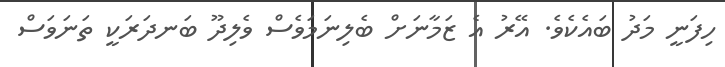
ހިފަނީ މަދު ބައެކެވެ. އޭރު އެ ޒަމާނަށް ބެލިނަމަވެސް ވެލިދޫ ބަނދަރަކީ ތަނަވަސް